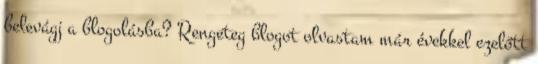
belevágj a blogolásba? Rengeteg blogot olvastam már évekkel ezelőtt